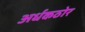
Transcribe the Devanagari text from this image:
अर्धकठोर